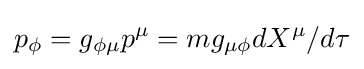
p_{\phi }=g_{\phi \mu }p^{\mu }=mg_{\mu \phi }dX^{\mu }/d\tau